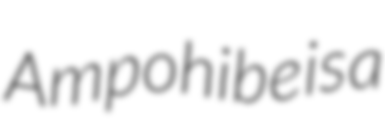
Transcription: Ampohibe is a